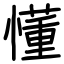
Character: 懂